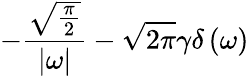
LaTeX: -{\frac{\sqrt{\frac{\pi}{2}}}{\left|\omega\right|}}-{\sqrt{2\pi}}\gamma\delta\left(\omega\right)